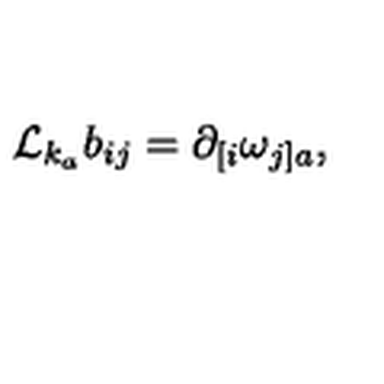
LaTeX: { \cal L } _ { k _ { a } } b _ { i j } = \partial _ { [ i } \omega _ { j ] a } ,